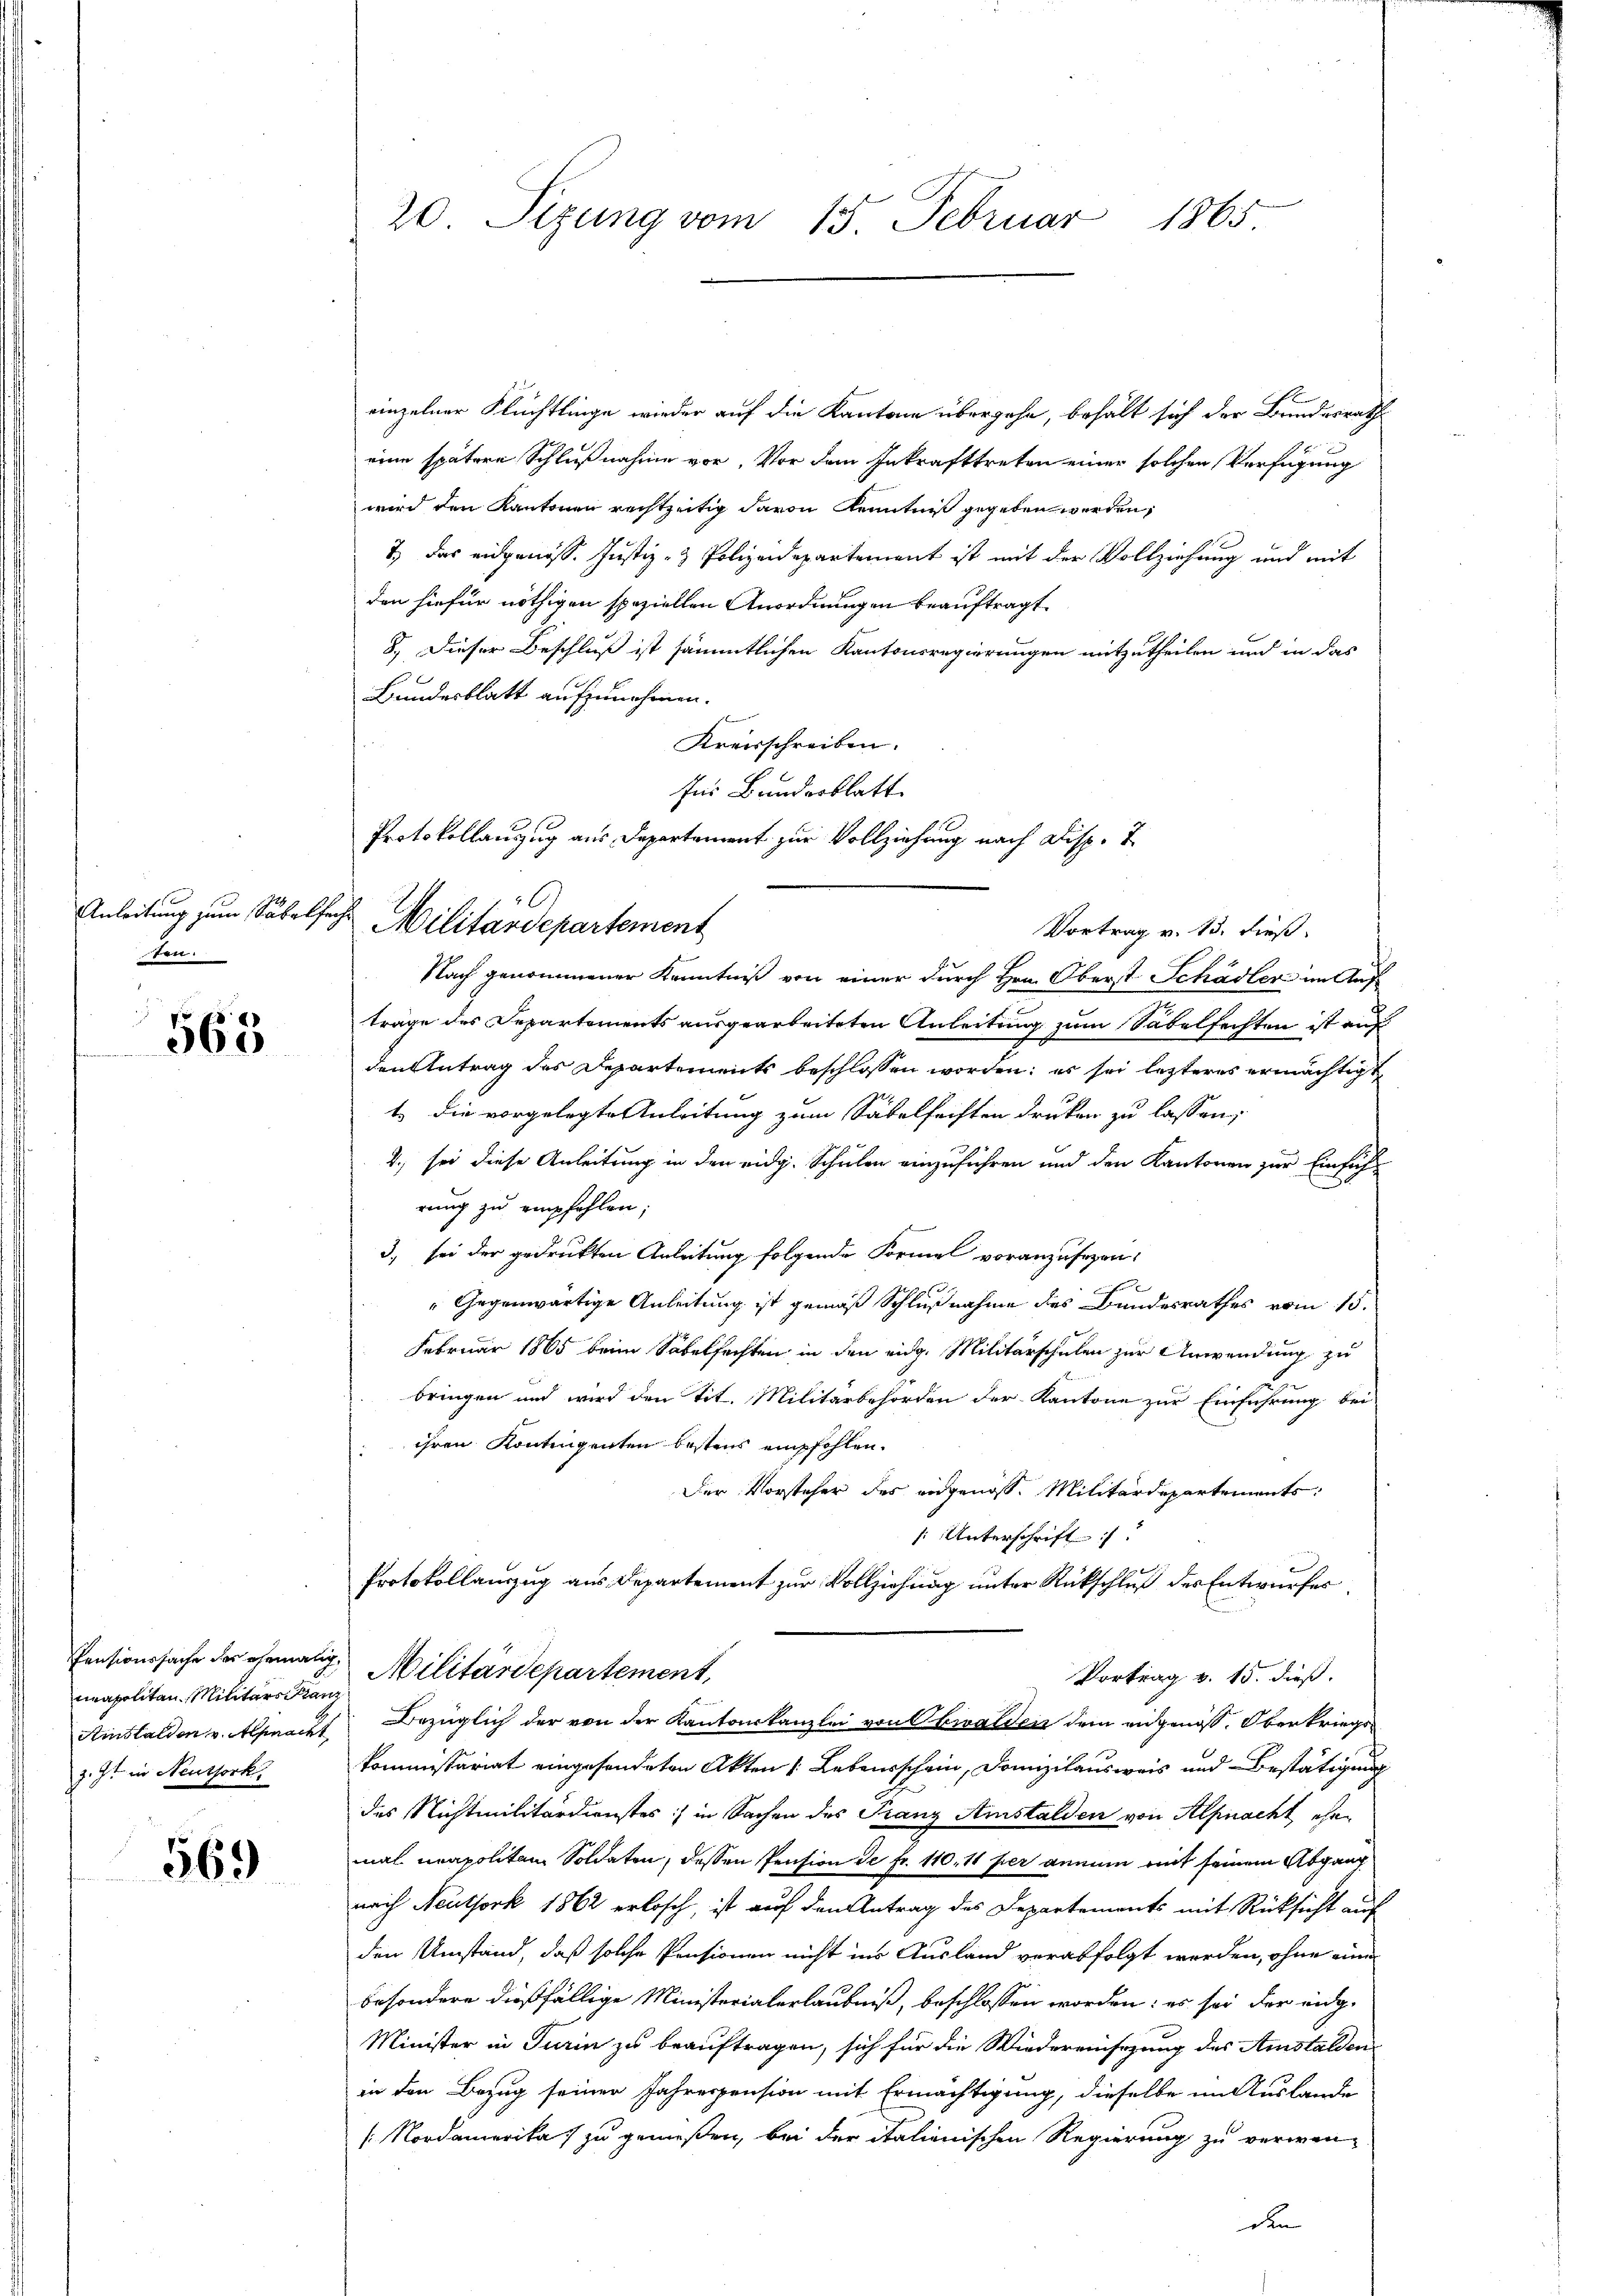
Anleitung zum Säbelf
ten.

563

meapoliten Militärs Kanz
Amstalden v. Allmacht
z. Zt. in Neuthork

569

20 Seizung vom 15. Februar 1865

einzelner Flüchtlinge wieder auf die Kantone übergehe, behält sich der Bundesrath
eine spätere Schlußnahme vor, Vor dem Inkrafttreten einer solchen Verfügung
wird den Kantonen rechtzeitig davon Kenntniß gegeben werden,
7.) Das eidgenoss. Justiz- & Polizeidepartement ist mit der Vollziehung und mit
den hiefür nöthigen speziellen Anordnungen beauftragt.
8.) Dieser Beschluß ist sämmtlichen Kantonsregierungen mitzutheilen und in das
Bundesblatt aufzunehmen.
Kreisschreiben.
für Bunderblatt
Protokollanzug aus Departement zur Vollziehung nach Disp. T
Vortrag v. 13. dieß.
Nach genommener Kenntniß von einer durch Hrn. Oberst Schädler im Auf
träge des Departements ausgearbeiteten Anleitung zum Säbelfechten ist auf
den Antrag des Departements beschlossen worden; es sei lezteres ermächtigt
t die vorgelegte Anleitung zum Säbelfachten drucken zu lassen,
4. sei diese Anleitung in den eidg. Schulen einzuführen und den Kantonen zur Einführung zu empfehlen;
3) sei der gedruckten Anleitung folgende Formel voranzusezen,
Gegenwärtige Anleitung ist gemäß Schlußnahme des Bundesrathes vom 15.
Februar 1865 beim Säbelfechten in den eidg. Militärschulen zur Anwendung zu
a
bringen und wird den Tit. Militärbehörden der Kantone zur Einführung bei
ihren Kontingenten bestens empfohlen.
Der Vorsteher des eidgenoss. Militärdepartements
: Unterschrift
Protokollauszug aus Departement zur Vollziehung unter Rückschluß des Entwurfes
Pensionssache des ehemalige Militärdepartement,
Vortrag v. 15. dieß.
Bezüglich der von der Kantonskanzlei von Obwalden dem eidgenöß. Oberkriegskommissariat eingesendeten Akten Lebensschein, Domizilausweis und Bestätigung
des Nichtmilitärdienstes in Sachen des Franz Amstalden von Alpnacht ehemal unapolitam Soldaten, dessen Pension de fr. 110. 11 per annum mit seinem Abgang
nach Neutfork 1862 erlosch, ist auf den Antrag des Departements mit Rücksicht auf
den Umstand, daß solche Pensionen nicht ins Ausland verabfolgt werden, ohne eine
besondere dießfällige Ministerialerlaubniß, beschlossen worden; es sei der eidg.
Minister in Turin zu beauftragen, sich für die Wiedereinsezung des Amstalden
in den Bezug seiner Jahrespension mit Ermächtigung, dieselbe im Auslande
[Nordamerika) zu genießen, bei der italienischen Regierung zu verwen-

u
Militärdepartement